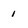
Character: 1